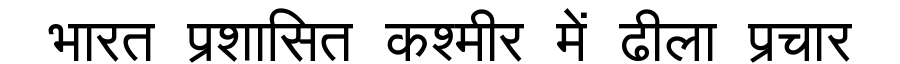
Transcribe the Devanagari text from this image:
भारत प्रशासित कश्मीर में ढीला प्रचार